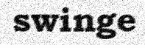
swinge